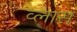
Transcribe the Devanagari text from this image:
व्लास